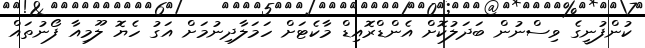
ކުންފުނީގެ ވިސްނުން ބަދަލުކޮށް އެންޑްރޮއިޑް މާކެޓަށް ހަމަލާދިނުމަށް އަގު ހެޔޮ ލޫމިއާ ފޯނުތައް